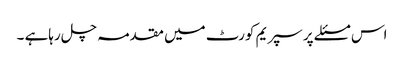
اس مسئلے پر سپریم کورٹ میں مقدمہ چل رہاہے ۔